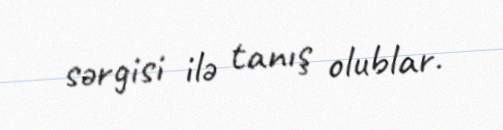
sərgisi ilə tanış olublar.